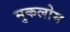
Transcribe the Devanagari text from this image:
मुकलोम